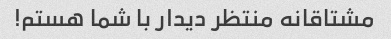
مشتاقانه منتظر دیدار با شما هستم!